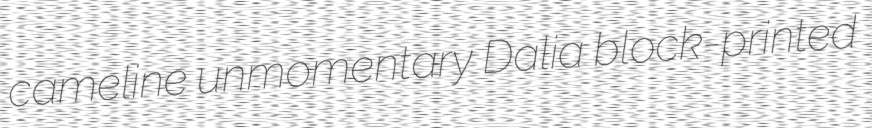
cameline unmomentary Dalia block-printed